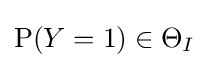
\mathrm {P} (Y=1)\in \Theta _{I}